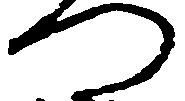
つ